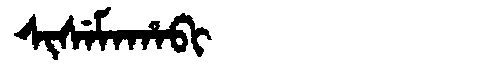
Manchu: ᠰᡳᠰᡝᠮᠠᡥᠠᠪᡳ
Romanization: SISEMAHABI